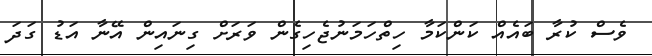
ވެސް ކުރާ ބައެއް ކަންކަމާ ހިތްހަމަނުޖެހިގެން ވަރަށް ގިނައިން އޭނާ އަޑު ގަދަ